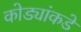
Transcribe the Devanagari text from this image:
कोड्यांकडे